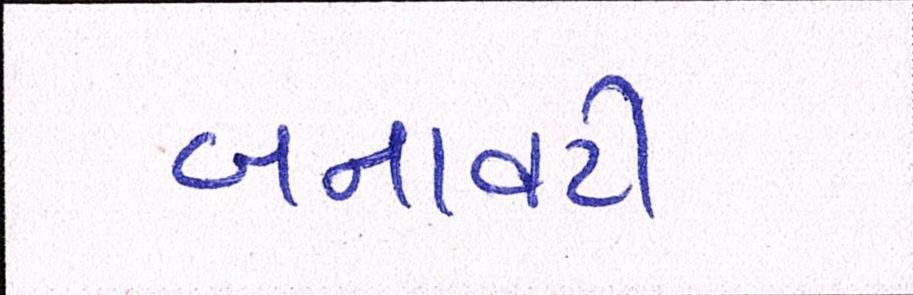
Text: બનાવટી